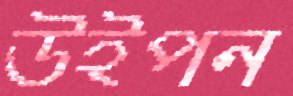
উইপন